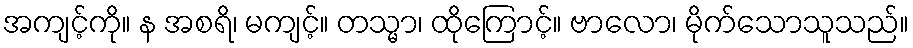
အကျင့်ကို။ န အစရိ၊ မကျင့်။ တသ္မာ၊ ထိုကြောင့်။ ဗာလော၊ မိုက်သောသူသည်။